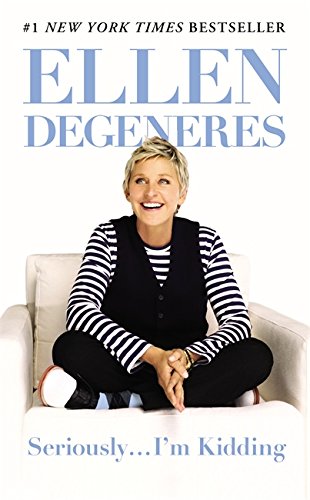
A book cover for Seriously...I'm Kidding; Ellen DeGeneres; Humor & Entertainment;